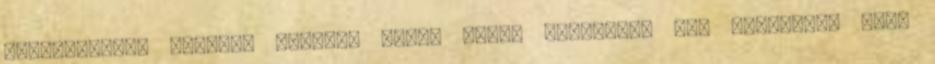
értekezletek számát, amelyen részt vett, amelyekre nem válaszolt vagy